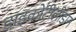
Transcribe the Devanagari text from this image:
डाइकोटीलीडान